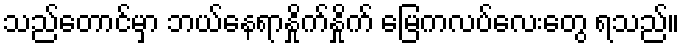
သည်တောင်မှာ ဘယ်နေရာနှိုက်နှိုက် မြေကလပ်လေးတွေ ရသည်။